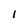
Character: 1